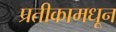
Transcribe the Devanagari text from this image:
प्रतीकामधून